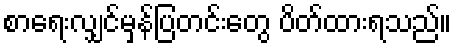
စာရေးလျှင်မှန်ပြတင်းတွေ ပိတ်ထားရသည်။